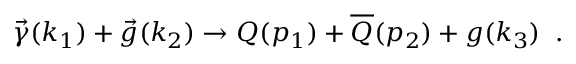
\vec { \gamma } ( k _ { 1 } ) + \vec { g } ( k _ { 2 } ) \rightarrow Q ( p _ { 1 } ) + \overline { { { Q } } } ( p _ { 2 } ) + g ( k _ { 3 } ) \; \; .